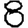
Digit: 8